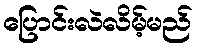
ပြောင်းလဲလိမ့်မည်